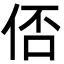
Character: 俖